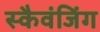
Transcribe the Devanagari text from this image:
स्कैवंजिंग